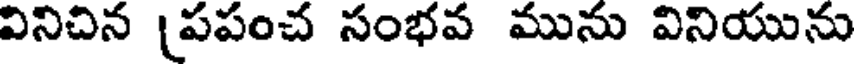
వినిచిన [పపంచ సంభవ మును వినియును